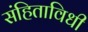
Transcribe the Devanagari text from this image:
संहिताविधी